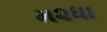
મ૨ધા